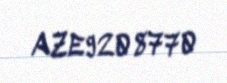
AZE9208770